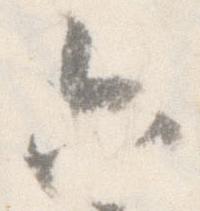
六